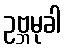
ဥဗ္ဘမုခါ